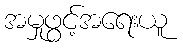
အမှုဖွင့်အရေးယူ